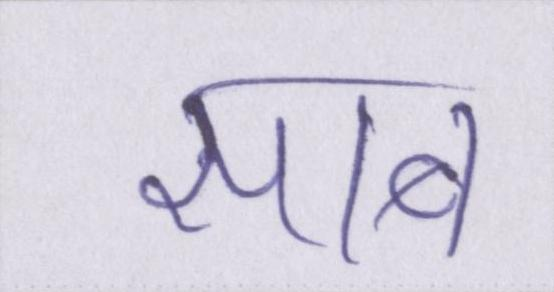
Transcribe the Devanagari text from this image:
साब